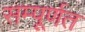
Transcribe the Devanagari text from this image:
सम्पूर्णत